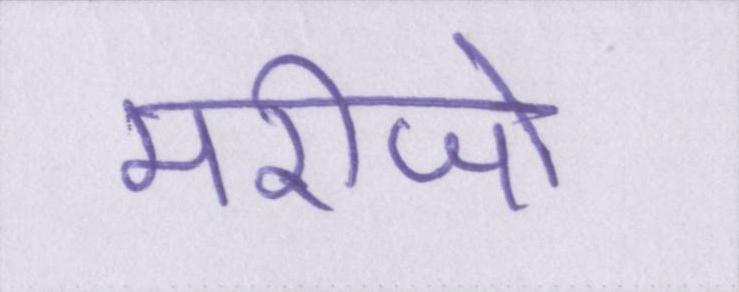
मरीजो